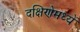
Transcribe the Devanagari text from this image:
दक्षिणेमध्यें